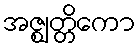
အဇ္ဈတ္တိကော